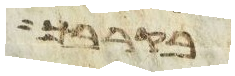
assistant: בקרבך